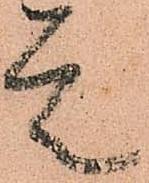
是